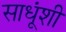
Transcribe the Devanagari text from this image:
साधूंशी